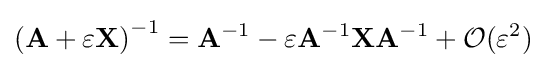
\left(\mathbf {A} +\varepsilon \mathbf {X} \right)^{-1}=\mathbf {A} ^{-1}-\varepsilon \mathbf {A} ^{-1}\mathbf {X} \mathbf {A} ^{-1}+{\mathcal {O}}(\varepsilon ^{2})